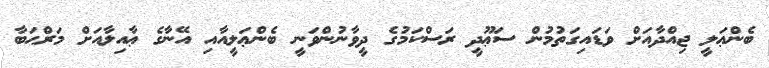
ބެންޢަލީ ޖިއްދާއަށް ވަޑައިގަތުމުން ސަޢޫދީ ރަސްކަމުގެ ދީވާނުންވަނީ ބެންޢަލީއާއި އޭނާގެ ޢާއިލާއަށް މަރްޙަބާ